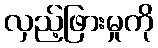
လှည့်ဖြားမှုကို